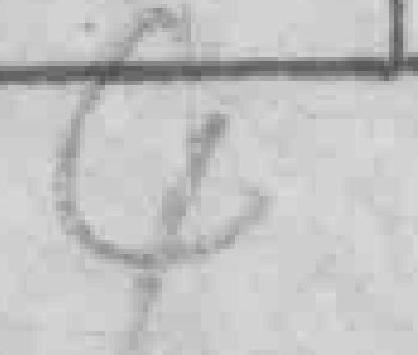
4